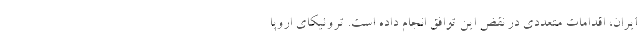
ایران، اقدامات متعددی در نقض این توافق انجام داده است. تروئیکای اروپا